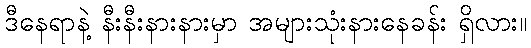
ဒီနေရာနဲ့ နီးနီးနားနားမှာ အများသုံးနားနေခန်း ရှိလား။